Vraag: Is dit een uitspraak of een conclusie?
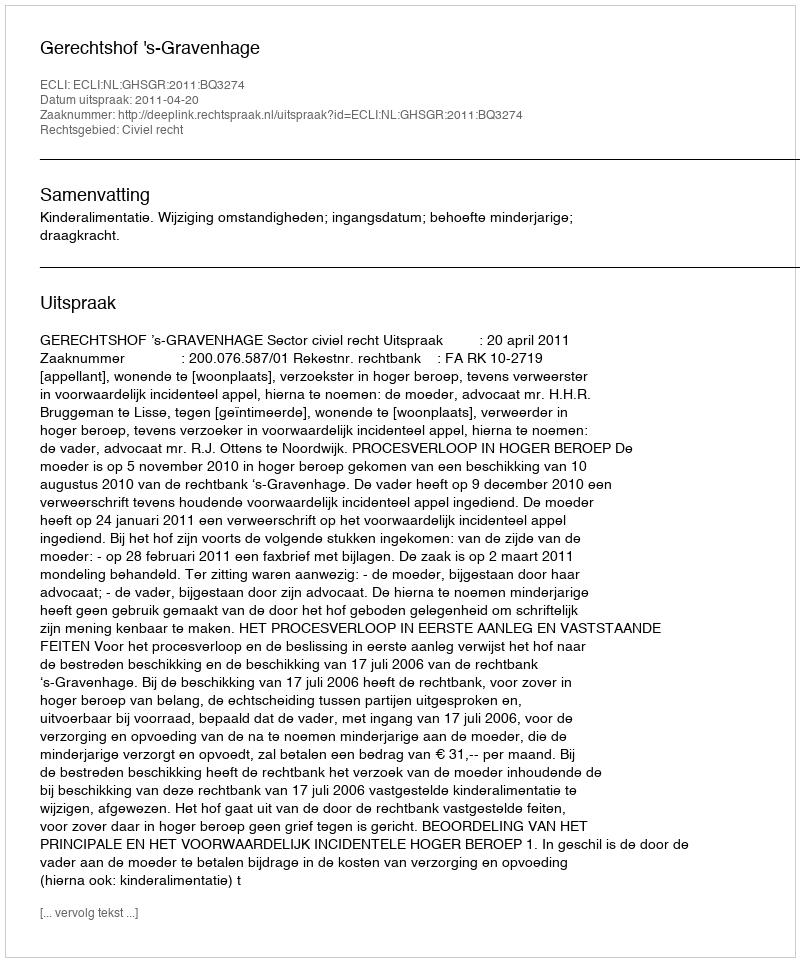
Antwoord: Uitspraak